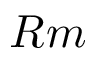
R m